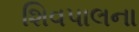
શિવપાલના